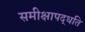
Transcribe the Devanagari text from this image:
समीक्षापद्धति